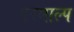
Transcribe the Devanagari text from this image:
परमाल्प